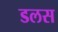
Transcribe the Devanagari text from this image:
डलस